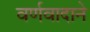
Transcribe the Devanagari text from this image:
वर्णवादाने